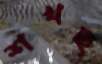
শখছ